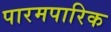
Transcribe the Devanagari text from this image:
पारमपारिक